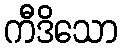
ကီဒိသော